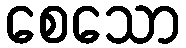
စေသော